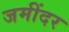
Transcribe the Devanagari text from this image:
जमींदर